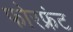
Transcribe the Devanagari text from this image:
फोरफ्रंट